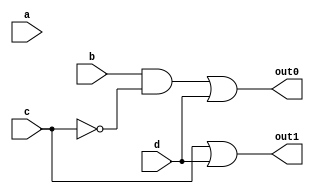
//This is for the 4:2 priority encoder module.

module four_to_two_priority_encoder_dataflow_module (a, b, c, d, out0, out1);
	input a, b, c, d;

	output out0, out1;

	//Fill this out.
	assign out0 = (b && !c) || d; // Boolean Expression : out0 = bc' + d
	assign out1 = c || d; // Boolean Expression : out1 = c + d
	//logical operators.

////////Q1/////////////////////////////////////////////////
//	assign out0 = (b==1'b1 && c==1'b0) || (d==1'b1);
//	assign out1 = (c==1'b1) || (d==1'b1);

endmodule